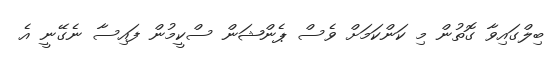
ބިލްގައިވާ ގޮތުން މި ކަންކަމަށް ވެސް ޕެންޝަން ސްކީމުން ފައިސާ ނެގޭނީ އެ